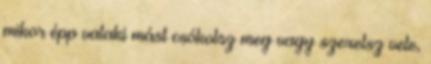
mikor épp valaki mást csókolsz meg vagy szexelsz vele,